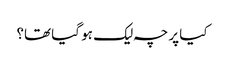
کیا پرچہ لیک ہو گیا تھا؟